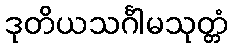
ဒုတိယသင်္ဂါမသုတ္တံ